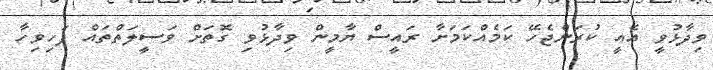
ވިދާޅުވީ އެއީ ކުރަންޖެހޭ ކަމެއްކަމަށާ ރައީސް ޔާމީން ވިދާޅުވި ގޮތަށް ވަސީލަތްތައް ފަހިވިހާ